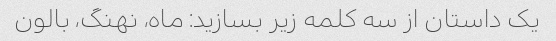
یک داستان از سه کلمه زیر بسازید: ماه، نهنگ، بالون